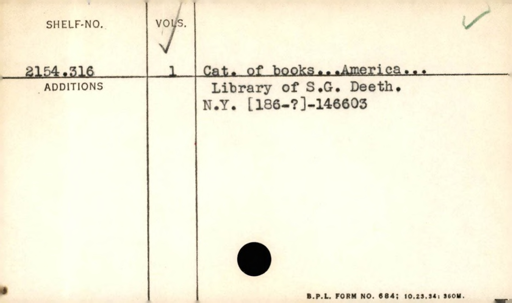
Label: content